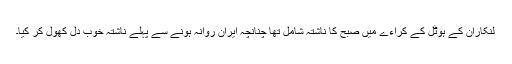
لنکاران کے ہوٹل کے کراءے میں صبح کا ناشتہ شامل تھا چنانچہ ایران روانہ ہونے سے پہلے ناشتہ خوب دل کھول کر کیا۔